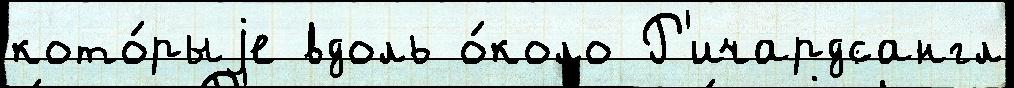
кото́рыjе вдоль о́коло Р'ичардсангл